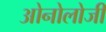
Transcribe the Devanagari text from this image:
ओनोलोजी